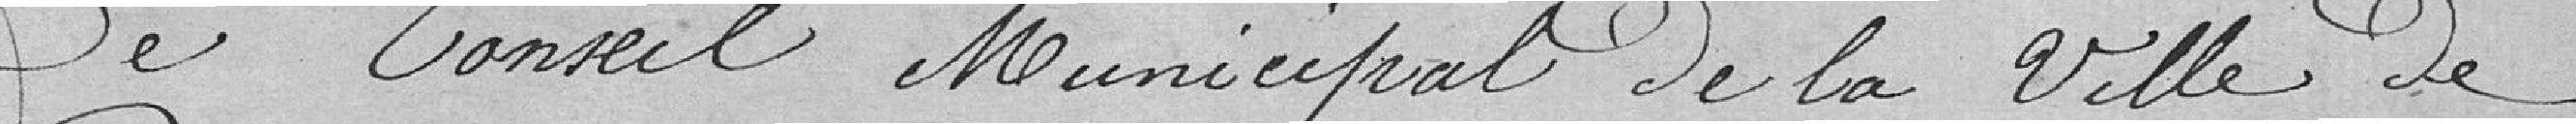
Le Conseil Municipal de la Ville de